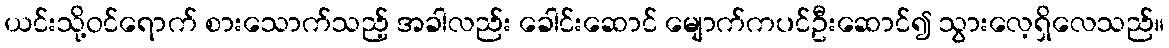
ယင်းသို့ဝင်ရောက် စားသောက်သည့် အခါလည်း ခေါင်းဆောင် မျောက်ကပင်ဦးဆောင်၍ သွားလေ့ရှိလေသည်။